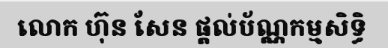
លោក ហ៊ុន សែន ផ្តល់ប័ណ្ណកម្មសិទ្ធិ